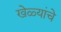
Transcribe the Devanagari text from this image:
खेळ्यांचे